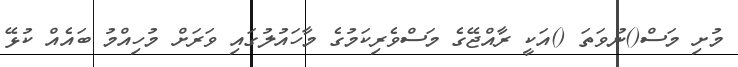
މުށި މަސް()ނުވަތަ ()އަކީ ރާއްޖޭގެ މަސްވެރިކަމުގެ މާހައުލުގައި ވަރަށް މުހިއްމު ބައެއް ކުޅޭ